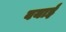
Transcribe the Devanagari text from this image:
बयाई